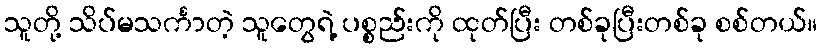
သူတို့ သိပ်မသင်္ကာတဲ့ သူတွေရဲ့ ပစ္စည်းကို ထုတ်ပြီး တစ်ခုပြီးတစ်ခု စစ်တယ်။